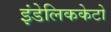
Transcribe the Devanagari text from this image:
इंडेलिककेटो